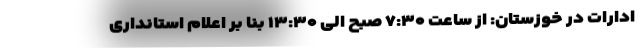
ادارات در خوزستان: از ساعت ۷:۳۰ صبح الی ۱۳:۳۰ بنا بر اعلام استانداری